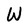
Character: W